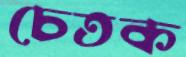
চেতক